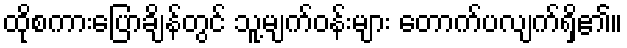
ထိုစကားပြောချိန်တွင် သူ့မျက်ဝန်းများ တောက်ပလျက်ရှိ၏။